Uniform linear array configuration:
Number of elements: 4
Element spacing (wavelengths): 1
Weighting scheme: blackman
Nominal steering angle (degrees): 45
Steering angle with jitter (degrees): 45.63
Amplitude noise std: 0.05
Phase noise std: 0.05

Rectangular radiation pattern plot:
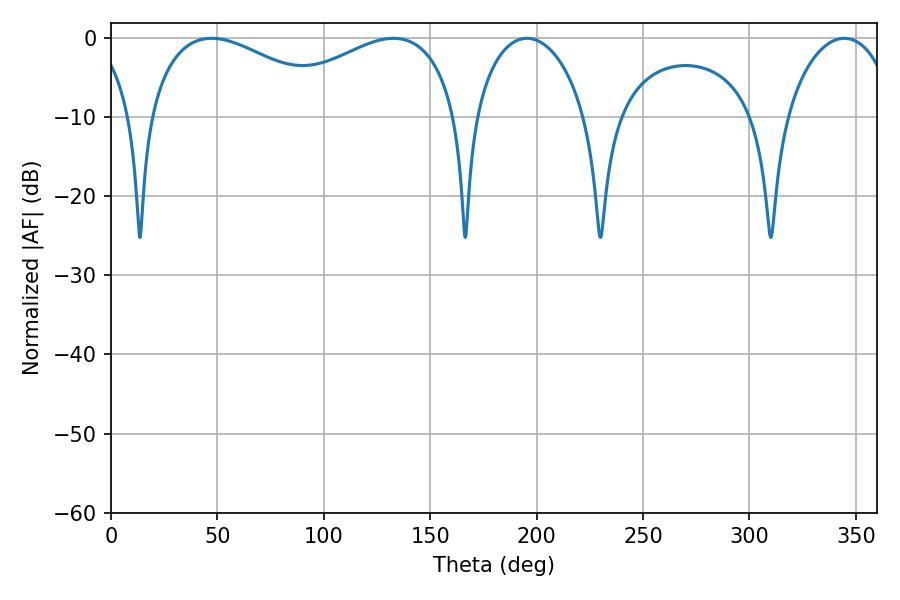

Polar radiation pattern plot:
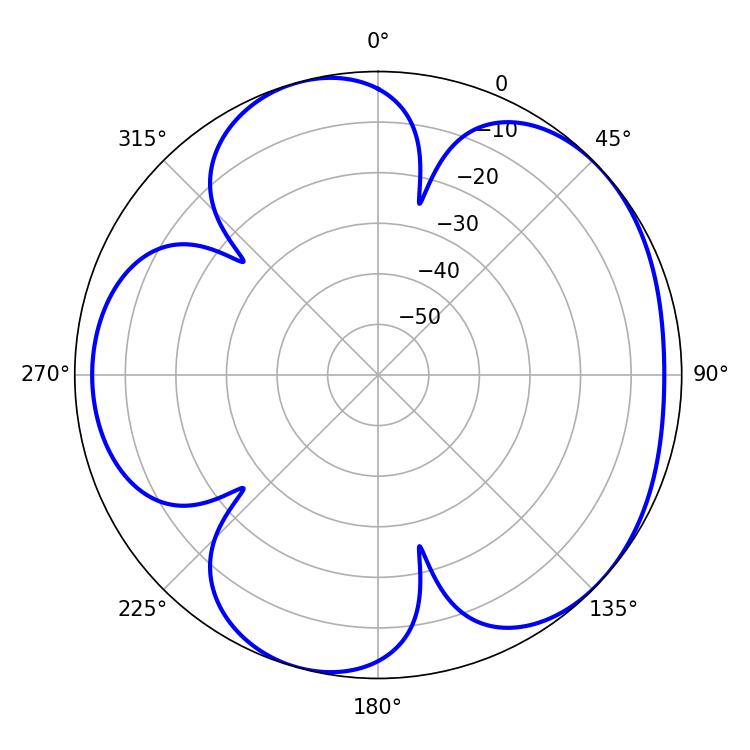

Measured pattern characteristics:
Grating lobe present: TRUE
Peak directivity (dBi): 4.802
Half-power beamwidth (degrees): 50.94
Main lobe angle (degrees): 47.16